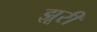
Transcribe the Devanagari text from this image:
झूरी